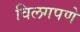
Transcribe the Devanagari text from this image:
विलगपणे